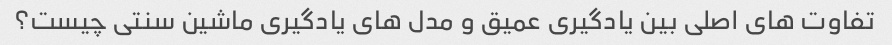
تفاوت های اصلی بین یادگیری عمیق و مدل های یادگیری ماشین سنتی چیست؟